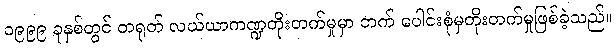
၁၉၉၉ ခုနှစ်တွင် တရုတ် လယ်ယာကဏ္ဍတိုးတက်မှုမှာ ဘက် ပေါင်းစုံမှတိုးတက်မှုဖြစ်ခဲ့သည်။